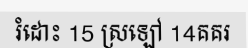
រំដោះ 15 ស្រឡៅ 14គគរ